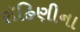
રૉહિણીના